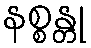
နစ္စန္တု